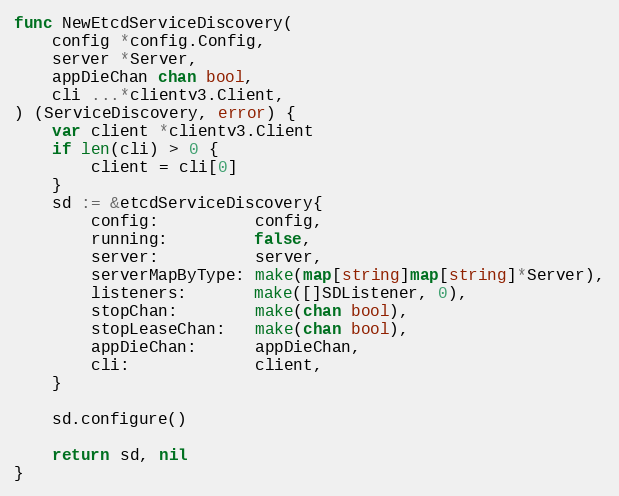
Language: Go
func NewEtcdServiceDiscovery(
	config *config.Config,
	server *Server,
	appDieChan chan bool,
	cli ...*clientv3.Client,
) (ServiceDiscovery, error) {
	var client *clientv3.Client
	if len(cli) > 0 {
		client = cli[0]
	}
	sd := &etcdServiceDiscovery{
		config:          config,
		running:         false,
		server:          server,
		serverMapByType: make(map[string]map[string]*Server),
		listeners:       make([]SDListener, 0),
		stopChan:        make(chan bool),
		stopLeaseChan:   make(chan bool),
		appDieChan:      appDieChan,
		cli:             client,
	}

	sd.configure()

	return sd, nil
}